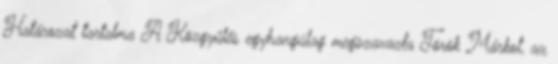
Határozat tartalma A Közgyűlés egyhangúlag megszavazta Török Márkot, az